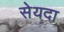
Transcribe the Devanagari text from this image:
सेयदा